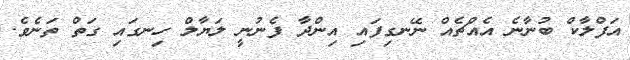
އަފްލާކް ބުނާނެ އެއްޗެއް ނޭނގިފައި އިންދާ ފެނުނީ ލަޔާލް ހިނގައި ގަތް ތަނެވެ.